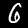
Label: 6